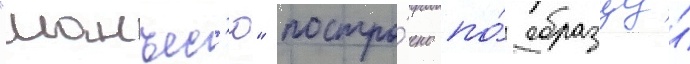
"манъес'ю" постро́ено по́ образцу́